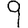
Digit: 9